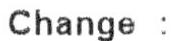
CHANGE :